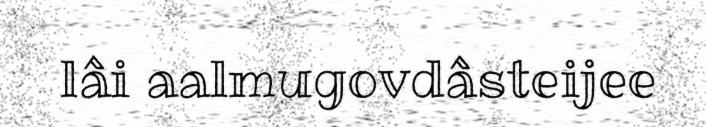
lâi aalmugovdâsteijee